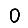
Digit: 0